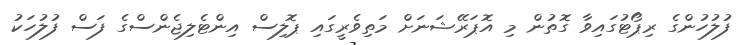
ފުލުހުންގެ ރިޕޯޓުގައިވާ ގޮތުން މި އޮޕަރޭޝަނަށް މަތިވެރީގައި ޕޮލިސް އިންޓެލިޖެންސްގެ ފަސް ފުލުހަކު